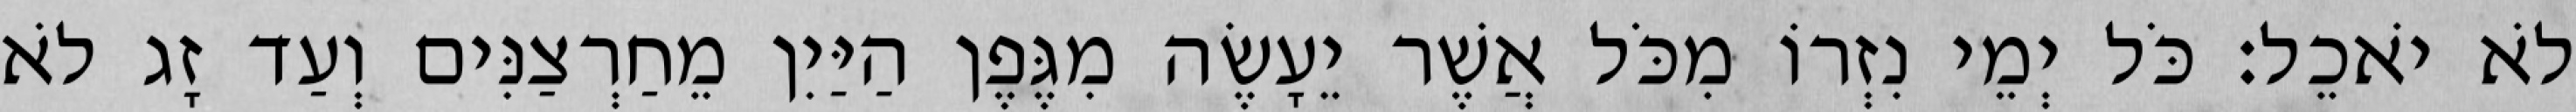
לֹא יֹאכֵל׃ כֹּל יְמֵי נִזְרוֹ מִכֹּל אֲשֶׁר יֵעָשֶׂה מִגֶּפֶן הַיַּיִן מֵחַרְצַנִּים וְעַד זָג לֹא